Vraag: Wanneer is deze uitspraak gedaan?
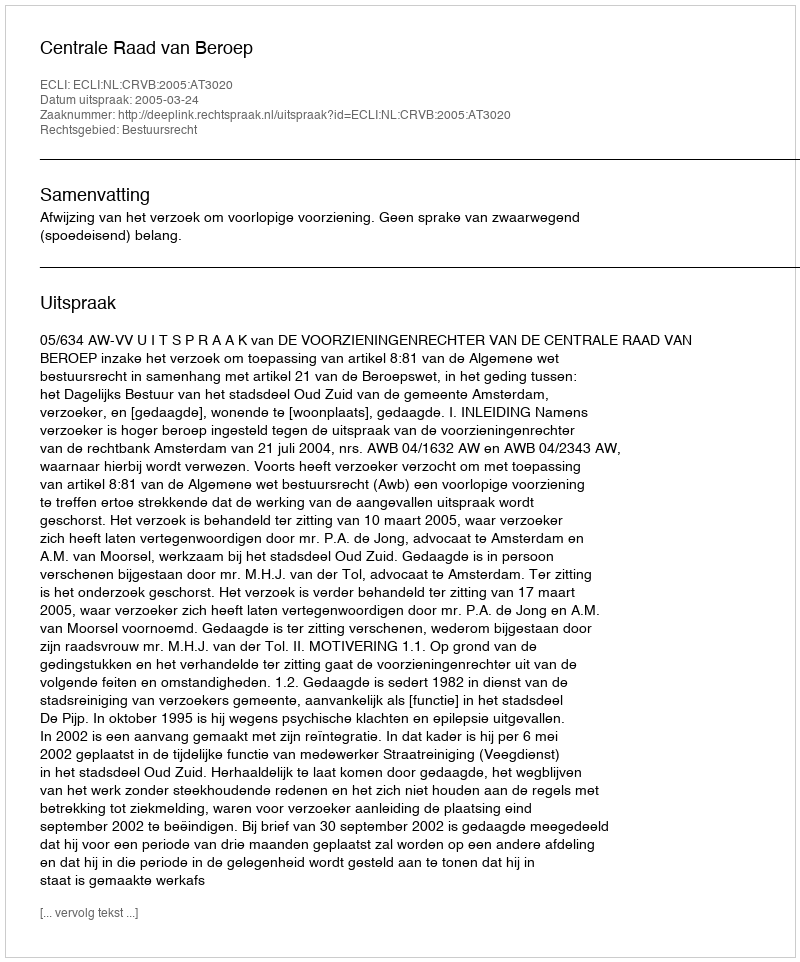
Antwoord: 2005-03-24